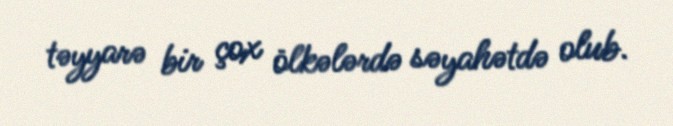
təyyarə bir çox ölkələrdə səyahətdə olub.